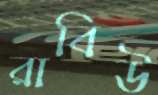
রাবিউ